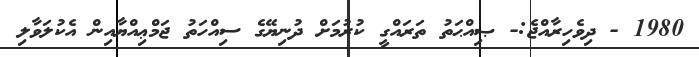
1980 - ދިވެހިރާއްޖެ:- ޞިއްޙަތު ތަރައްގީ ކުރުމަށް ދުނިޔޭގެ ސިއްހަތު ޖަމްޢިއްޔާއިން އެކުލަވާލި